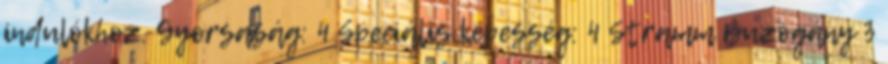
indulókhoz. Gyorsaság: 4 Speciális képesség: 4 Stramm Buzogány 3